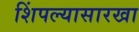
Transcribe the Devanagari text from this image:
शिंपल्यासारखा